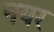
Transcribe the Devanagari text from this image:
नयर